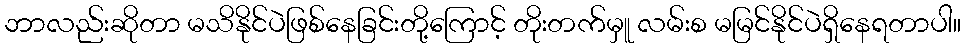
ဘာလည်းဆိုတာ မသိနိုင်ပဲဖြစ်နေခြင်းတို့ကြောင့် တိုးတက်မှူ လမ်းစ မမြင်နိုင်ပဲရှိနေရတာပါ။